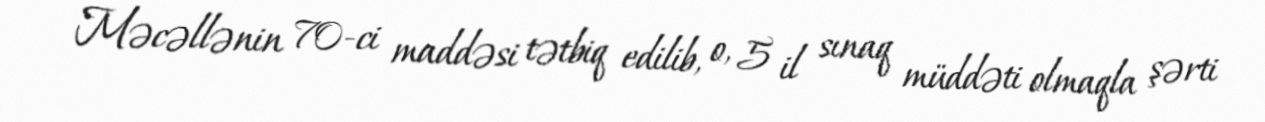
Məcəllənin 70-ci maddəsi tətbiq edilib, o, 5 il sınaq müddəti olmaqla şərti